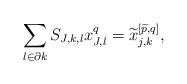
\begin{align*}\sum_{l \in \partial k} S_{J,k,l} x_{J,l}^q =\widetilde{x}_{j,k}^{\left[\widetilde{p},q\right]},\end{align*}